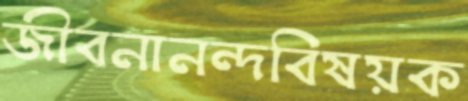
জীবনানন্দবিষয়ক